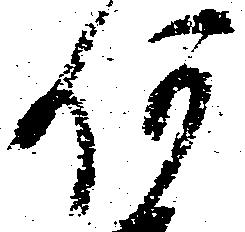
何